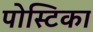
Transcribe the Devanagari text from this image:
पोस्टिका